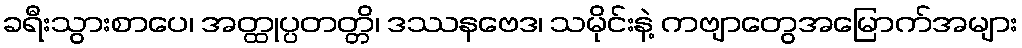
ခရီးသွားစာပေ၊ အတ္ထုပ္ပတတ္တိ၊ ဒဿနဗေဒ၊ သမိုင်းနဲ့ ကဗျာတွေအမြောက်အများ